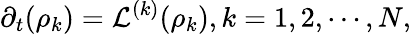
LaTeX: \partial_{t}(\rho_{k})=\mathcal{L}^{(k)}(\rho_{k}),k=1,2,\cdots,N,